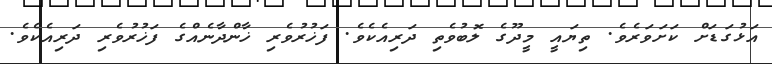
އަޅުގަޑަށް ކަށަވަރެވެ. ތިޔައީ މީދޫގެ ލޮބުވެތި ދަރިއެކެވެ. ފަޚުރުވެރި ޚާންދާނެއްގެ ފަޚުރުވެރި ދަރިއެކެވެ.